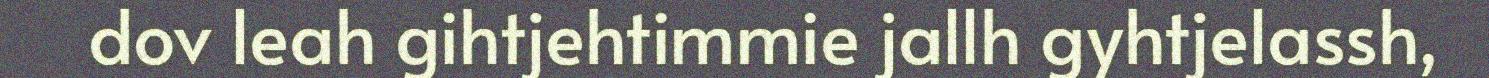
dov leah gihtjehtimmie jallh gyhtjelassh,